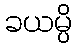
ခယမ္ပိ